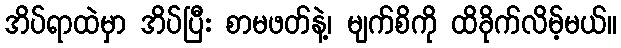
အိပ်ရာထဲမှာ အိပ်ပြီး စာမဖတ်နဲ့၊ မျက်စိကို ထိခိုက်လိမ့်မယ်။